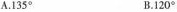
A.135° B.120°